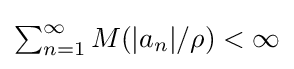
{\textstyle \sum _{n=1}^{\infty }M(|a_{n}|/\rho )<\infty }